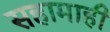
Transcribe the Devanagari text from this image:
सहामाही